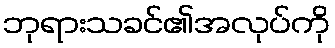
ဘုရားသခင်၏အလုပ်ကို